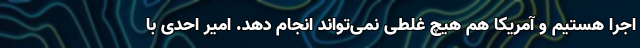
اجرا هستیم و آمریکا هم هیچ غلطی نمی‌تواند انجام دهد. امیر احدی با